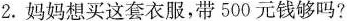
2.妈妈想买这套衣服，带500元钱够吗?